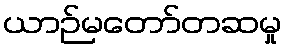
ယာဉ်မတော်တဆမှု